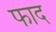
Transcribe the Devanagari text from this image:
फाद